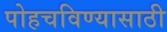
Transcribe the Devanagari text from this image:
पोहचविण्यासाठी